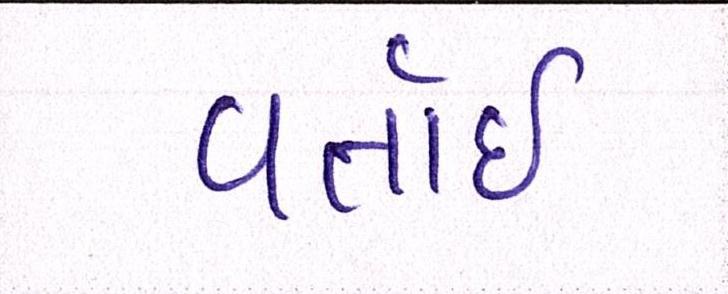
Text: વતાર્ઇ